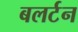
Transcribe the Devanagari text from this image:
बलर्टन